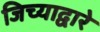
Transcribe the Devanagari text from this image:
जिच्याद्वारे